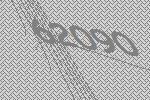
62090